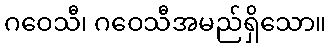
ဂဝေသီ၊ ဂဝေသီအမည်ရှိသော။